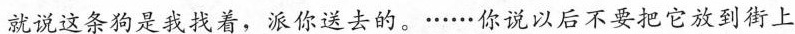
就说这条狗是我找着，派你送去的。······你说以后不要把它放到街上